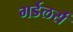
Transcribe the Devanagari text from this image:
गर्डलर्स